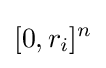
[0,r_{i}]^{n}